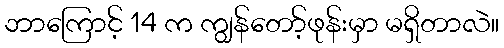
ဘာကြောင့် 14 က ကျွန်တော့်ဖုန်းမှာ မရှိတာလဲ။